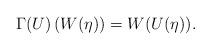
LaTeX: \begin{align*}\Gamma(U)\left(W(\eta)\right)=W(U(\eta)).\end{align*}